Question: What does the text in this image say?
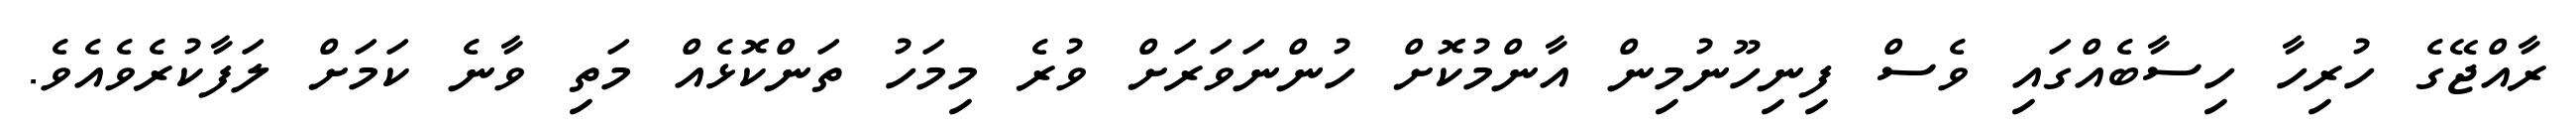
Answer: ރާއްޖޭގެ ހުރިހާ ހިސާބެއްގައި ވެސް ފިނިހޫނުމިން އާންމުކޮށް ހުންނަވަރަށް ވުރެ މިމަހު ތަންކޮޅެއް މަތި ވާނެ ކަމަށް ލަފާކުރެވެއެވެ.